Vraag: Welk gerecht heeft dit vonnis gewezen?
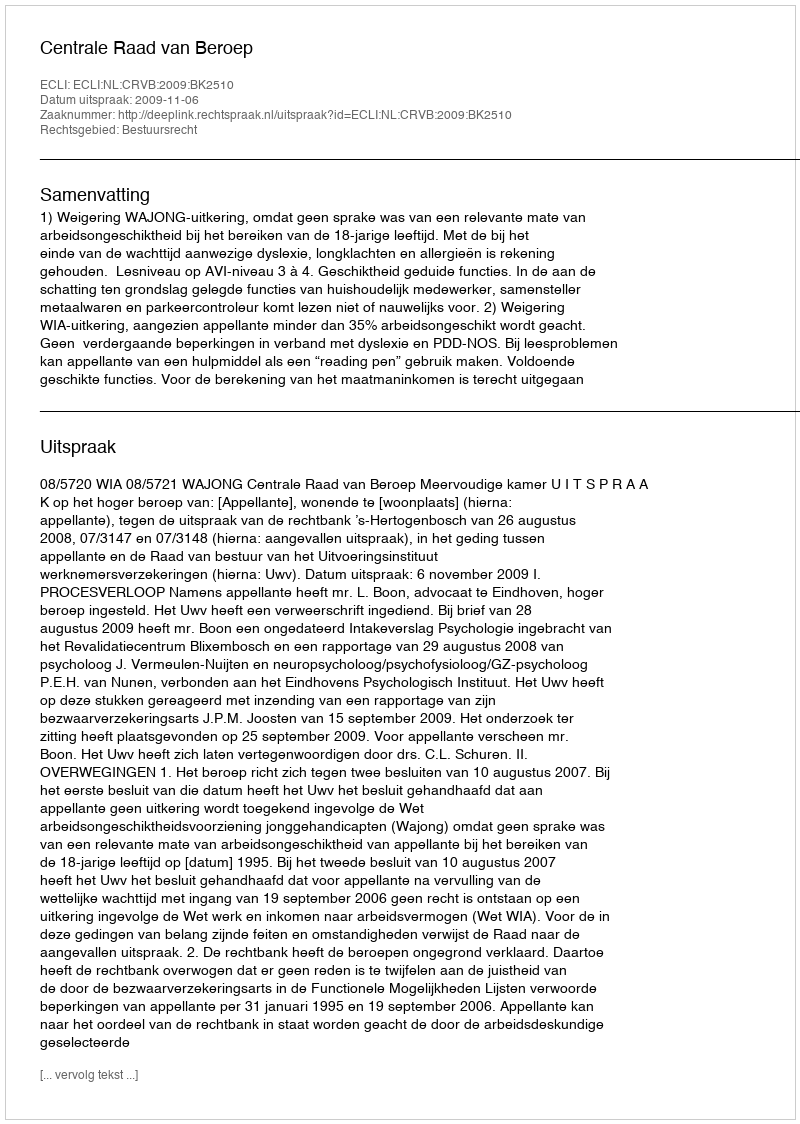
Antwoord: Centrale Raad van Beroep